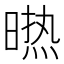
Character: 𭧈